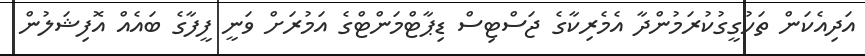
އަދިއެކަން ތަހުގީގުކުރަމުންދާ އެމެރިކާގެ ޖަސްޓިސް ޑިޕާޓްމަންޓްގެ އަމުރަށް ވަނީ ފީފާގެ ބައެއް އޮފިޝަލުން